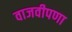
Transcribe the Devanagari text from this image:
वाजवीपणा